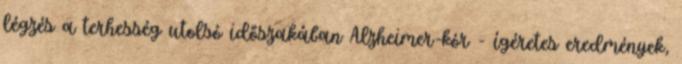
légzés a terhesség utolsó időszakában Alzheimer-kór - ígéretes eredmények,